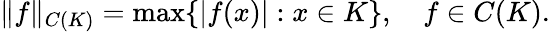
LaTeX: \| f\| _{C(K)}=\operatorname*{max}\{ |f(x)|:x\in K\} ,\quad f\in C(K).